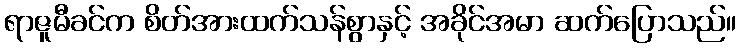
ရာဇူမီခင်က စိတ်အားထက်သန်စွာနှင့် အခိုင်အမာ ဆက်ပြောသည်။